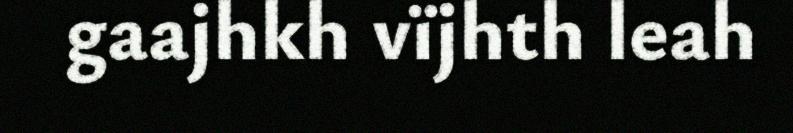
gaajhkh vïjhth leah